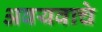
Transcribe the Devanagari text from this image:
अवयवाचे